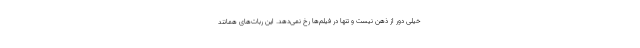
خیلی دور از ذهن نیست و تنها در فیلم‌ها رخ نمی‌دهد. این ربات‌های همانند